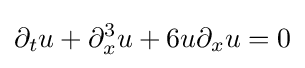
\displaystyle \partial _{t}u+\partial _{x}^{3}u+6u\partial _{x}u=0